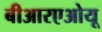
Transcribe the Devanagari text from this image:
बीआरएओयू